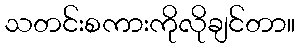
သတင်းစကားကိုလိုချင်တာ။